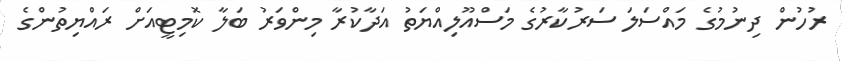
ރުހުން ދިނުމުގެ މައްސަލަ ސަރުކާރުގެ މަސްއޫލިއްޔަތު އަދާކުރާ މިންވަރު ބަލާ ކޮމިޓީއަށް ރައްޔިތުންގެ